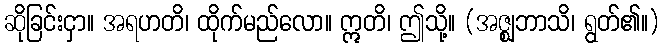
ဆိုခြင်းငှာ။ အရဟတိ၊ ထိုက်မည်လော။ ဣတိ၊ ဤသို့။ (အဇ္ဈဘာသိ၊ ရွတ်၏။)